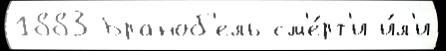
1883 Браноб'ель см'е́рт'и и́л'и